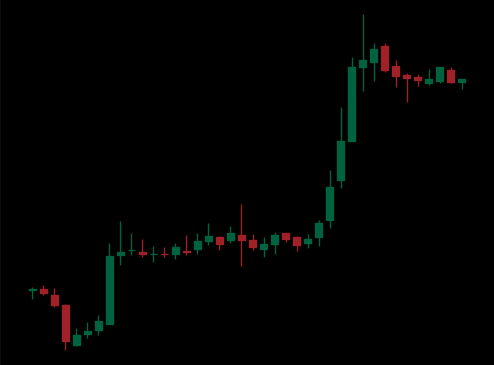
Pattern: unclassified